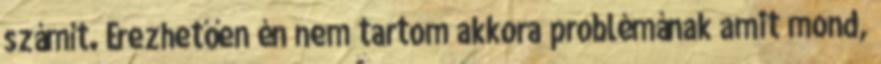
számít. Érezhetően én nem tartom akkora problémának amit mond,